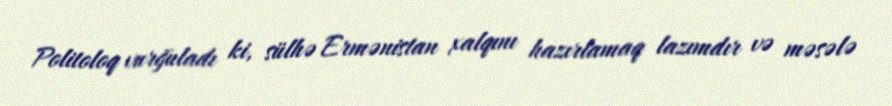
Politoloq vurğuladı ki, sülhə Ermənistan xalqını hazırlamaq lazımdır və məsələ